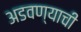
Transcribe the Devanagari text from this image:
अडवण्याची